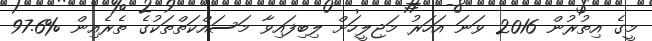
މީގެ އިތުރުން 2016 ވަނަ އަހަރު މަޖިލީހަށް ލިބިފައިވާ މަސައްކަތްތަކުގެ ތެރެއިން %97.6